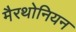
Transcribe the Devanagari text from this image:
मैरथोनियन